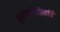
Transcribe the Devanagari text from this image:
मुद्यांकडेहीत्यांचे